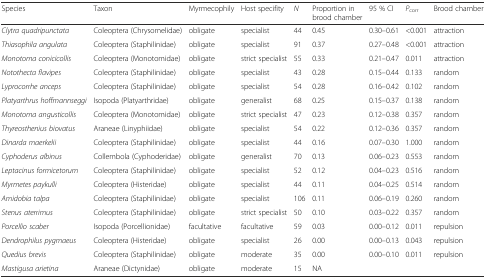
<table><thead><tr><td><b>Species</b></td><td><b>Taxon</b></td><td><b>Myrmecophily</b></td><td><b>Host specifity</b></td><td><b><i>N</i></b></td><td><b>Proportion in brood chamber</b></td><td><b>95 % CI</b></td><td><b><i>P</i><sub>corr</sub></b></td><td><b>Brood chamber</b></td></tr></thead><tbody><tr><td><i>Clytra quadripunctata</i></td><td>Coleoptera (Chrysomelidae)</td><td>obligate</td><td>specialist</td><td>44</td><td>0.45</td><td>0.30–0.61</td><td>&lt;0.001</td><td>attraction</td></tr><tr><td><i>Thiasophila angulata</i></td><td>Coleoptera (Staphilinidae)</td><td>obligate</td><td>specialist</td><td>91</td><td>0.37</td><td>0.27–0.48</td><td>&lt;0.001</td><td>attraction</td></tr><tr><td><i>Monotoma conicicollis</i></td><td>Coleoptera (Monotomidae)</td><td>obligate</td><td>strict specialist</td><td>55</td><td>0.33</td><td>0.21–0.47</td><td>0.011</td><td>attraction</td></tr><tr><td><i>Notothecta flavipes</i></td><td>Coleoptera (Staphilinidae)</td><td>obligate</td><td>specialist</td><td>43</td><td>0.28</td><td>0.15–0.44</td><td>0.133</td><td>random</td></tr><tr><td><i>Lyprocorrhe anceps</i></td><td>Coleoptera (Staphilinidae)</td><td>obligate</td><td>specialist</td><td>54</td><td>0.28</td><td>0.16–0.42</td><td>0.102</td><td>random</td></tr><tr><td><i>Platyarthrus hoffmannseggi</i></td><td>Isopoda (Platyarthridae)</td><td>obligate</td><td>generalist</td><td>68</td><td>0.25</td><td>0.15–0.37</td><td>0.138</td><td>random</td></tr><tr><td><i>Monotoma angusticollis</i></td><td>Coleoptera (Monotomidae)</td><td>obligate</td><td>strict specialist</td><td>47</td><td>0.23</td><td>0.12–0.38</td><td>0.357</td><td>random</td></tr><tr><td><i>Thyreosthenius biovatus</i></td><td>Araneae (Linyphiidae)</td><td>obligate</td><td>specialist</td><td>54</td><td>0.22</td><td>0.12–0.36</td><td>0.357</td><td>random</td></tr><tr><td><i>Dinarda maerkelii</i></td><td>Coleoptera (Staphilinidae)</td><td>obligate</td><td>specialist</td><td>44</td><td>0.16</td><td>0.07–0.30</td><td>1.000</td><td>random</td></tr><tr><td><i>Cyphoderus albinus</i></td><td>Collembola (Cyphoderidae)</td><td>obligate</td><td>generalist</td><td>70</td><td>0.13</td><td>0.06–0.23</td><td>0.553</td><td>random</td></tr><tr><td><i>Leptacinus formicetorum</i></td><td>Coleoptera (Staphilinidae)</td><td>obligate</td><td>specialist</td><td>52</td><td>0.12</td><td>0.04–0.23</td><td>0.516</td><td>random</td></tr><tr><td><i>Myrmetes paykulli</i></td><td>Coleoptera (Histeridae)</td><td>obligate</td><td>specialist</td><td>44</td><td>0.11</td><td>0.04–0.25</td><td>0.514</td><td>random</td></tr><tr><td><i>Amidobia talpa</i></td><td>Coleoptera (Staphilinidae)</td><td>obligate</td><td>specialist</td><td>106</td><td>0.11</td><td>0.06–0.19</td><td>0.260</td><td>random</td></tr><tr><td><i>Stenus aterrimus</i></td><td>Coleoptera (Staphilinidae)</td><td>obligate</td><td>strict specialist</td><td>50</td><td>0.10</td><td>0.03–0.22</td><td>0.357</td><td>random</td></tr><tr><td><i>Porcellio scaber</i></td><td>Isopoda (Porcellionidae)</td><td>facultative</td><td>facultative</td><td>59</td><td>0.03</td><td>0.00–0.12</td><td>0.011</td><td>repulsion</td></tr><tr><td><i>Dendrophilus pygmaeus</i></td><td>Coleoptera (Histeridae)</td><td>obligate</td><td>specialist</td><td>26</td><td>0.00</td><td>0.00–0.13</td><td>0.043</td><td>repulsion</td></tr><tr><td><i>Quedius brevis</i></td><td>Coleoptera (Staphilinidae)</td><td>obligate</td><td>moderate</td><td>35</td><td>0.00</td><td>0.00–0.10</td><td>0.011</td><td>repulsion</td></tr><tr><td><i>Mastigusa arietina</i></td><td>Araneae (Dictynidae)</td><td>obligate</td><td>moderate</td><td>15</td><td>NA</td><td></td><td></td><td></td></tr></tbody></table>